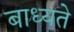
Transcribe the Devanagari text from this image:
बाध्यते